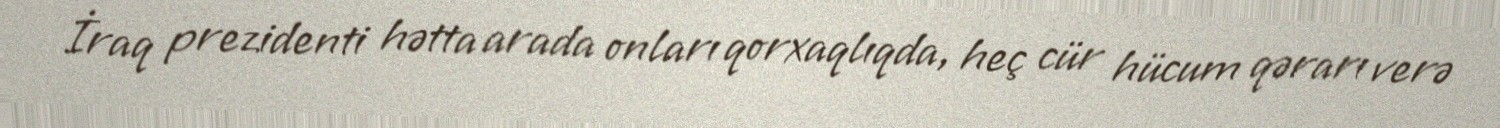
İraq prezidenti hətta arada onları qorxaqlıqda, heç cür hücum qərarı verə